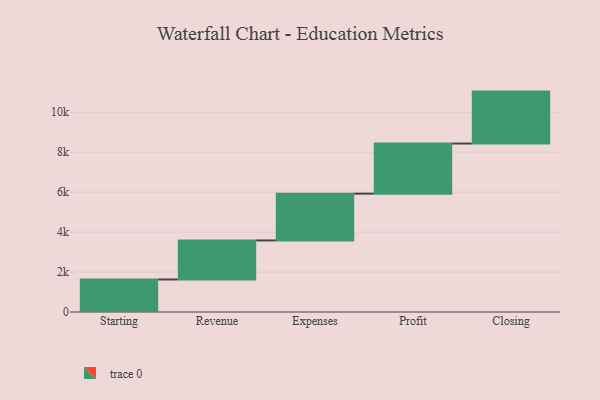
{"axis": {"x": "Step", "y": "Value"}, "legend": [""], "data": [{"x": "Starting", "y": 1629.0, "type": ""}, {"x": "Revenue", "y": 1953.0, "type": ""}, {"x": "Expenses", "y": 2343.0, "type": ""}, {"x": "Profit", "y": 2508.0, "type": ""}, {"x": "Closing", "y": 2600.0, "type": ""}]}